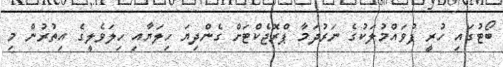
ބޯޓުގައި ހުރީ ފުވައްމުލަކުގެ ނަރުދަމާ ޕްރޮޖެކްޓަށް ގެންދިޔަ ހިލަޔާއި ހިލަވެލީގެ އިތުރުން މި